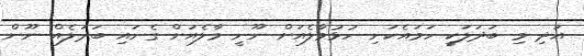
އަދި މި ބަދަލަކީ ހަމައެކަނި ހުޅުމާލެއަށް ނޫނީ މާލެއަށް ގެނައި ބަދަލެއް ނޫން